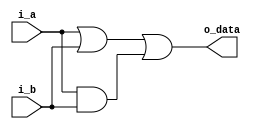
//--------------------------------- Asignacion Bloqueante ----------------------------------

module bloqueante( 
    output reg o_data ,
    input i_a , i_b
    ) ;

    reg or0 , and0;                     // variable tipo reg
                                        // Se puede usar assign, para este caso tambien
    always@ ( * ) begin                 // Al usar always, la logica conbinacional me permite usar condicionales
        or0    = i_a | i_b     ;        // Si importa el orden
        and0   = i_a & i_b     ;        // Se coloca el igual =
        o_data = or0 | and0    ;
    end
endmodule //bloqueante

//--------------------------------- Asignacion No bloqueante -------------------------------

module nobloqueante( 
    output reg o_data ,
    input i_a , i_b , clock
    );

    reg or0 , and0;

    always@ (posedge clock) begin       // Logica secuencial (registro), condiciona que se ejecute c/ vez que aparece el flanco ascendente del clock
        or0 <= i_a | i_b ;              // El registro se coloca en Or0
        and0 <= i_a & i_b ;             // El registro se coloca en and0
        o_data <= or0 | and0;           // El registro se coloca en o_data
    end
endmodule //nobloqueante

//--------------------------------------- Observaciones ------------------------------------

// Si es bloqueante, nos interesa el orden en que escribimos, se utiliza para generar logica convinacional
// Si es no bloqueante, no nos interesa el orden en que escribimos, ya que el clock ejecuta todo al mismo tiempo